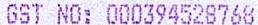
GST NO: 000394528768